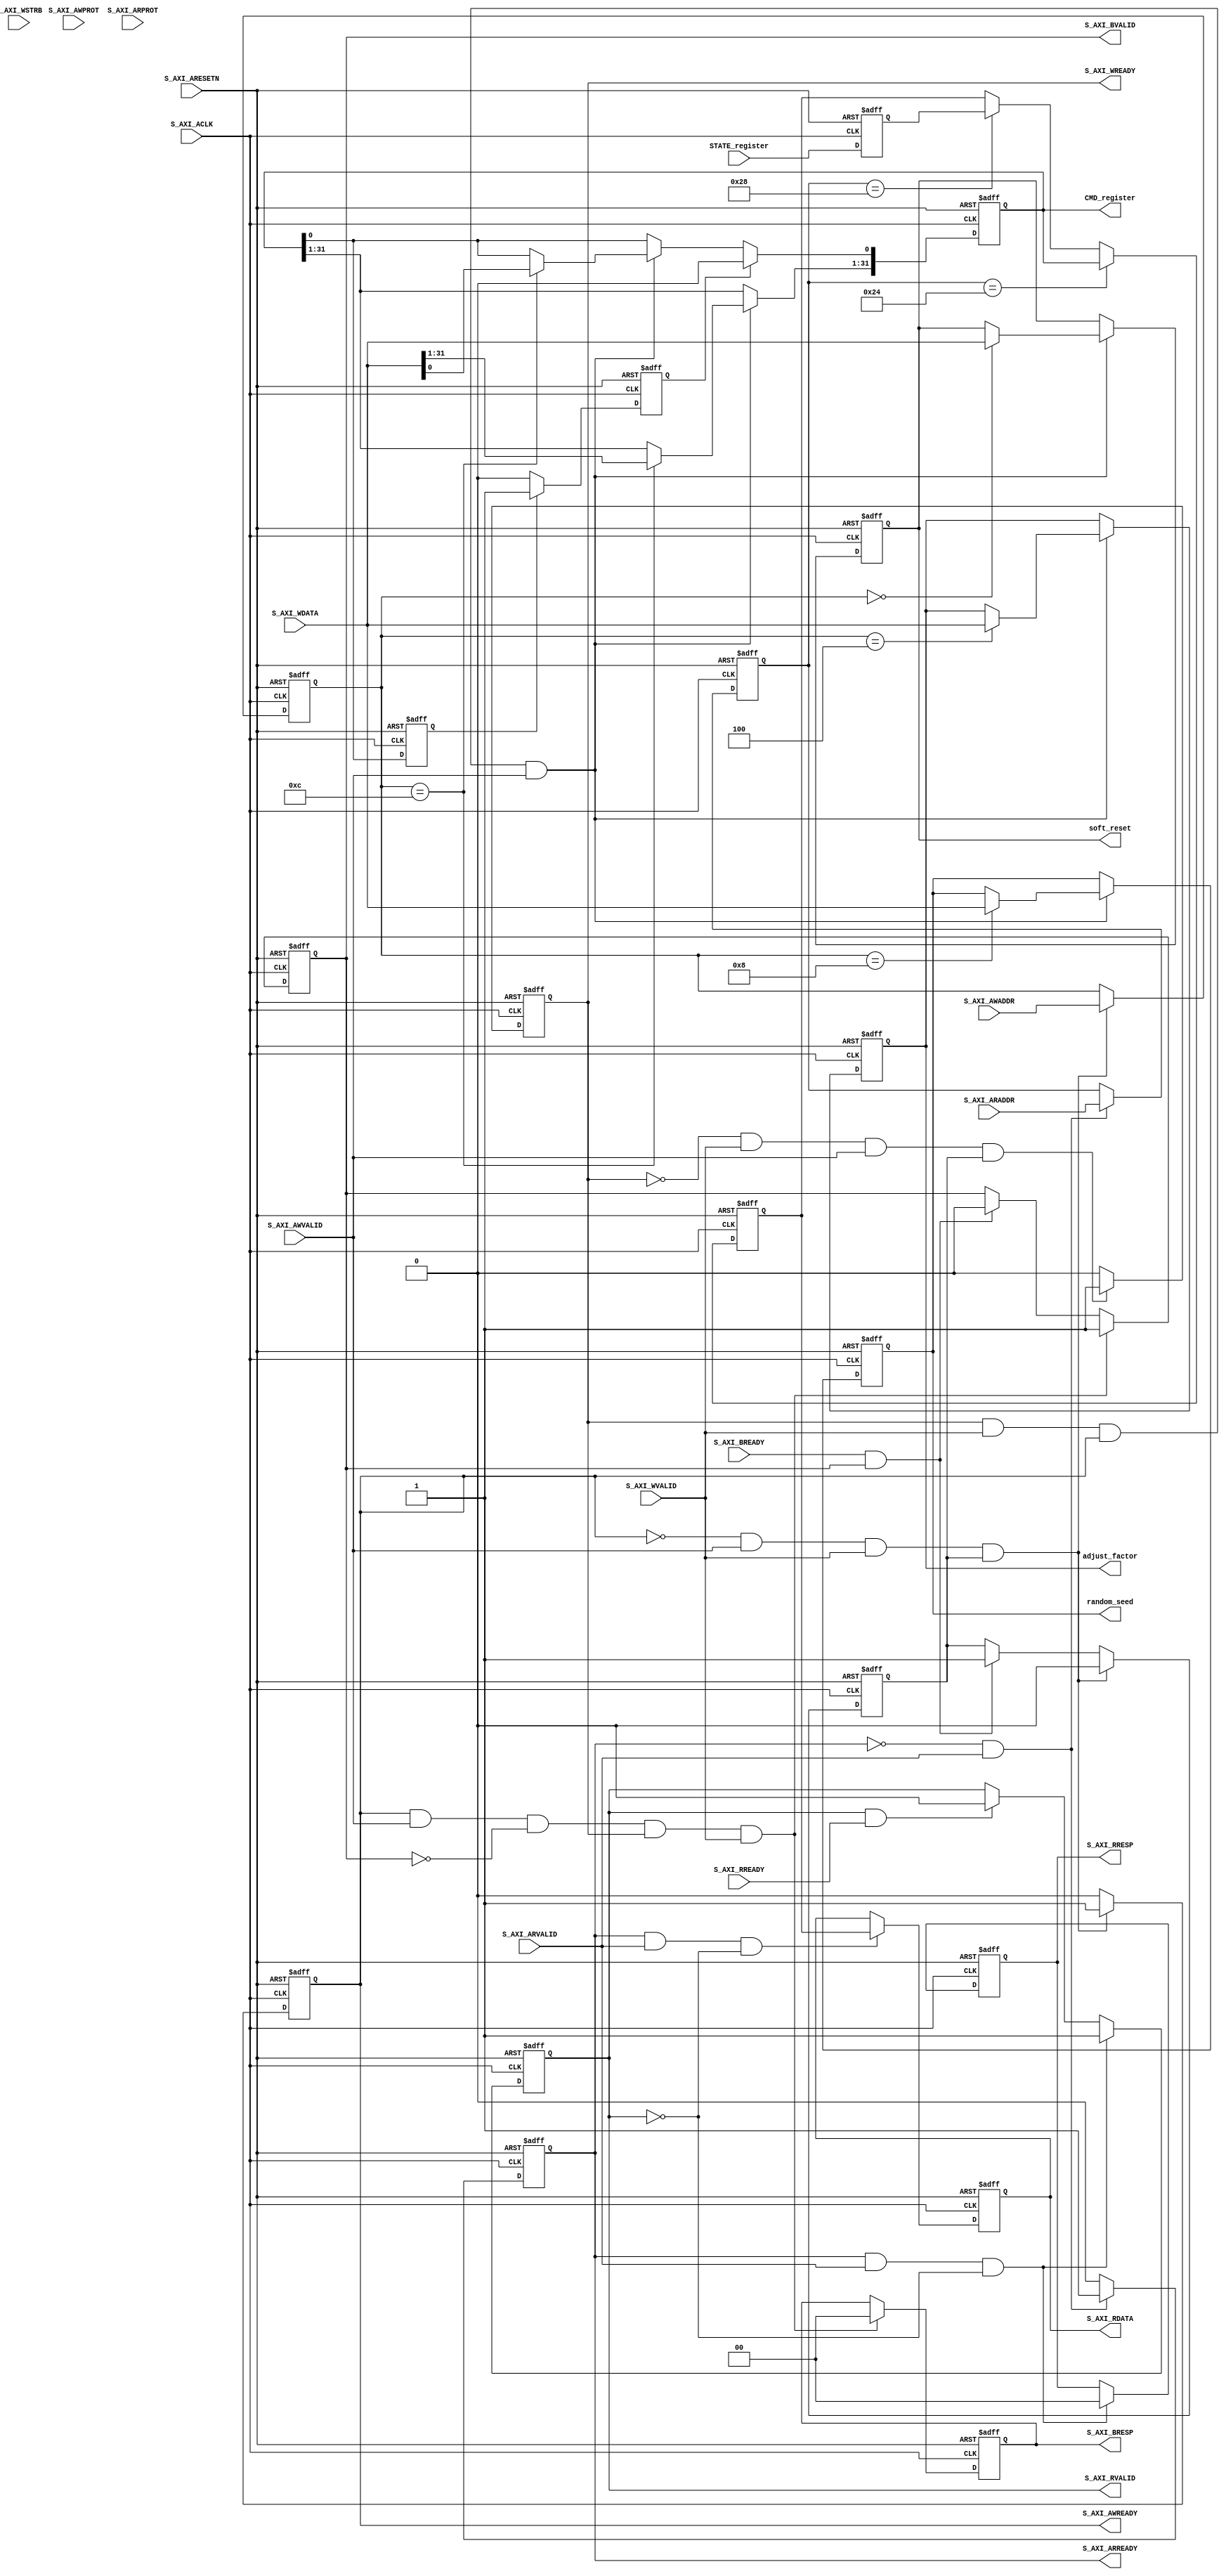
`timescale 1ns / 1ps
//===================================================================
// Project Name	:  AXI_SLVAE 
// Description	:  AXI_SLVAE 
//				   receieve CPU or other master signal,example: seedCPU modular start control;
//===================================================================


module AXI_SLAVE #(
    parameter  S_AXI_DATA_WIDTH    = 32,
    parameter  S_AXI_ADDR_WIDTH    = 12)(
    //AXI Lite
    // Global Clock Signal
    input                                     S_AXI_ACLK,
    input                                     S_AXI_ARESETN,
    input     [S_AXI_ADDR_WIDTH-1 : 0]        S_AXI_AWADDR,
    input     [2 : 0]                         S_AXI_AWPROT,
    input                                     S_AXI_AWVALID,
    output                                    S_AXI_AWREADY,
    input     [S_AXI_DATA_WIDTH-1 : 0]        S_AXI_WDATA,
    input     [(S_AXI_DATA_WIDTH/8)-1 : 0]    S_AXI_WSTRB,
    input                                     S_AXI_WVALID,
    output                                    S_AXI_WREADY,
    output    [1 : 0]                         S_AXI_BRESP,
    output                                    S_AXI_BVALID,
    input                                     S_AXI_BREADY,
    input     [S_AXI_ADDR_WIDTH-1 : 0]        S_AXI_ARADDR,
    input     [2 : 0]                         S_AXI_ARPROT,
    input                                     S_AXI_ARVALID,
    output                                    S_AXI_ARREADY,
    output    [S_AXI_DATA_WIDTH-1 : 0]        S_AXI_RDATA,
    output    [1 : 0]                         S_AXI_RRESP,
    output                                    S_AXI_RVALID,
    input                                     S_AXI_RREADY,
    output    [S_AXI_DATA_WIDTH-1:0]          CMD_register,
    input     [S_AXI_DATA_WIDTH-1:0]          STATE_register,
    output    [S_AXI_DATA_WIDTH-1:0]          soft_reset,
    output    [S_AXI_DATA_WIDTH-1:0]          random_seed,
    output    [S_AXI_DATA_WIDTH-1:0]          adjust_factor
    
);
    
    // AXI4LITE signals   
    reg       [S_AXI_ADDR_WIDTH-1 : 0]        axi_awaddr;
    reg                                       axi_awready;
    reg                                       axi_wready;
  
    reg       [1:0]                           axi_bresp;
    reg                                       axi_bvalid;
    reg       [S_AXI_ADDR_WIDTH-1 : 0]        axi_araddr;
    reg                                       axi_arready;
    reg       [S_AXI_DATA_WIDTH-1 : 0]        axi_rdata;
    reg       [1 : 0]                         axi_rresp;
    reg                                       axi_rvalid;
    
    //-- Number of Slave Registers 2   CMD_reg, Status_reg
    reg       [S_AXI_DATA_WIDTH-1:0]          cmd_reg;
    reg       [S_AXI_DATA_WIDTH-1:0]          random_seed_reg;  
    reg       [S_AXI_DATA_WIDTH-1:0]          adjust_factor_reg;          
    reg       [S_AXI_DATA_WIDTH-1:0]          soft_reset_reg;
    
    reg       [S_AXI_DATA_WIDTH-1:0]          state_reg;

    wire                                      slv_reg_rden;
    wire                                      slv_reg_wren;
    reg       [S_AXI_DATA_WIDTH-1:0]          reg_data_out;

    reg                                       aw_en; 
    reg                                       start_clr;

    assign    CMD_register   =  cmd_reg;
    
    assign    S_AXI_AWREADY  =  axi_awready;
    assign    S_AXI_WREADY   =  axi_wready;
    assign    S_AXI_BRESP    =  axi_bresp;
    assign    S_AXI_BVALID   =  axi_bvalid;
    assign    S_AXI_ARREADY  =  axi_arready;
    assign    S_AXI_RDATA    =  axi_rdata;
    assign    S_AXI_RRESP    =  axi_rresp;
    assign    S_AXI_RVALID   =  axi_rvalid;
    
    // awready  signal
    always@(posedge S_AXI_ACLK or negedge S_AXI_ARESETN  )begin 
        if(S_AXI_ARESETN==1'b0)begin 
            axi_awready <=1'b0;
            aw_en       <=1'b1;
        end 
        else begin 
            if(~axi_awready && S_AXI_AWVALID && S_AXI_WVALID &&aw_en)begin 
                axi_awready <=1'b1;
                aw_en       <=1'b0;
            end 
            else if(S_AXI_BREADY && axi_bvalid )begin      		  //master  bready pull up earlierwait last dataslave assert bvalid 
                aw_en       <=1'b1;                               //bvalid=1 data has sent done get read to awready=1
                axi_awready <=1'b0;
            end 
            else 
                axi_awready <=1'b0;
        end
    end
     
    // S_AXI_AWVALID and S_AXI_WVALID are valid. 
    always @( posedge S_AXI_ACLK or negedge S_AXI_ARESETN  )begin
        if ( S_AXI_ARESETN == 1'b0 )
            axi_awaddr  <= 0;
        else begin    
            if (~axi_awready && S_AXI_AWVALID && S_AXI_WVALID && aw_en)
              begin
                // Write Address latching   The address is used to address the register (generally only need to use a few bits of addressing)
                axi_awaddr  <= S_AXI_AWADDR;
              end
        end 
    end       
    
    //data  wready  signal
    always@(posedge  S_AXI_ACLK or negedge S_AXI_ARESETN )begin 
        if(S_AXI_ARESETN==1'b0)
            axi_wready      <=1'b0;
        else begin 
            if(~axi_wready && S_AXI_WVALID && S_AXI_AWVALID &&aw_en)
                axi_wready  <=1'b1;
            else 
                axi_wready  <=1'b0;
        end 
    end 
    
    // Write address and write data to ready, start addressing write register
    assign slv_reg_wren  =  axi_wready && S_AXI_WVALID &&axi_awready && S_AXI_AWVALID;
    
    // Write command register
    always@(posedge S_AXI_ACLK or negedge S_AXI_ARESETN )begin 
            if(S_AXI_ARESETN==1'b0)begin
                soft_reset_reg<=0;
                cmd_reg <=0;
                random_seed_reg<=0;
                adjust_factor_reg<=0;
             end 
            else begin 
                if(slv_reg_wren)begin 
                    if(axi_awaddr[11:0]==12'h00) 
                        soft_reset_reg <=  S_AXI_WDATA;            
                    if(axi_awaddr[11:0]==12'h0c) 
                        cmd_reg <=  S_AXI_WDATA;
                    if(axi_awaddr[11:0]==12'h08) 
                        random_seed_reg <=  S_AXI_WDATA;
                    if(axi_awaddr[11:0]==12'h04) 
                        adjust_factor_reg <=  S_AXI_WDATA;                                                                           
                end          
                if (start_clr)
                        cmd_reg[0] <=  1'b0 ;            
            end 
    end 
    
    assign    soft_reset    = soft_reset_reg;
    assign    random_seed   = random_seed_reg;
    assign    adjust_factor = adjust_factor_reg;
    
   // bresp  bvalid  signals 
    always@(posedge S_AXI_ACLK or negedge S_AXI_ARESETN )begin 
        if(S_AXI_ARESETN==1'b0)begin 
            axi_bvalid  <=  1'b0;
            axi_bresp   <=  2'b0;
        end 
        else if(axi_awready && S_AXI_AWVALID && ~axi_bvalid && axi_wready && S_AXI_WVALID)
            begin 
                axi_bvalid  <=  1'b1;
                axi_bresp   <=  2'b0;
            end
        else if(S_AXI_BREADY && axi_bvalid)
            axi_bvalid<=1'b0;
    end 
    
    // arready  ready 
    always@(posedge S_AXI_ACLK or negedge S_AXI_ARESETN )begin 
        if(S_AXI_ARESETN==1'b0)begin 
            axi_arready <=  1'b0;
            axi_araddr  <=  32'b0;
        end 
        else if(~axi_arready && S_AXI_ARVALID)begin
            axi_arready <=  1'b1;
            axi_araddr  <=  S_AXI_ARADDR;
        end 
        else 
            axi_arready <=  1'b0;
    end 
    
    // read valid rresp signals 
    always@(posedge S_AXI_ACLK or negedge S_AXI_ARESETN )begin 
        if(S_AXI_ARESETN==1'b0)begin
            axi_rvalid  <=  1'b0;
            axi_rresp   <=  2'b0;
        end 
        else if( axi_arready && S_AXI_ARVALID && ~axi_rvalid )begin 
            axi_rvalid  <=  1'b1;
            axi_rresp   <=  2'b0;
        end 
        else if(axi_rvalid && S_AXI_RREADY)
            axi_rvalid  <=  1'b0;
    end 
    
    assign slv_reg_rden = axi_arready & S_AXI_ARVALID & ~axi_rvalid ;
    
    always@(posedge S_AXI_ACLK or negedge S_AXI_ARESETN ) begin 
        if(S_AXI_ARESETN==1'b0)
            reg_data_out <=  0;
        else if(axi_araddr[11:0]==12'h024)
            reg_data_out <= cmd_reg;
        else if(axi_araddr[11:0]==12'h028)
            reg_data_out <= state_reg;
    end 
    
    always@(posedge S_AXI_ACLK or negedge S_AXI_ARESETN ) begin 
        if(S_AXI_ARESETN==1'b0)
            axi_rdata   <=  0;
        else if(slv_reg_rden)
            axi_rdata   <=  reg_data_out;
    end 
    
    reg  cmd_reg_r;
    
    always@(posedge S_AXI_ACLK or negedge S_AXI_ARESETN)begin
        if(S_AXI_ARESETN==1'b0)
            cmd_reg_r<=1'b0;
        else 
            cmd_reg_r<=cmd_reg[0];
    end 
    
    always@(posedge S_AXI_ACLK or negedge S_AXI_ARESETN   ) begin
        if(S_AXI_ARESETN==1'b0)begin 
            start_clr   <=  1'b0;
            state_reg   <=  32'h0;
        end 
        else  begin 
            if(cmd_reg_r==1'b1)
            start_clr   <=  1'b1;
            else 
            start_clr   <=  1'b0;
            
            state_reg   <=  STATE_register;
        end 
    end
    
endmodule